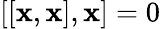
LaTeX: [[\mathbf{x},\mathbf{x}],\mathbf{x}]=0